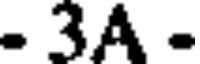
- 3A -